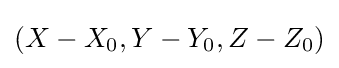
(X-X_{0},Y-Y_{0},Z-Z_{0})